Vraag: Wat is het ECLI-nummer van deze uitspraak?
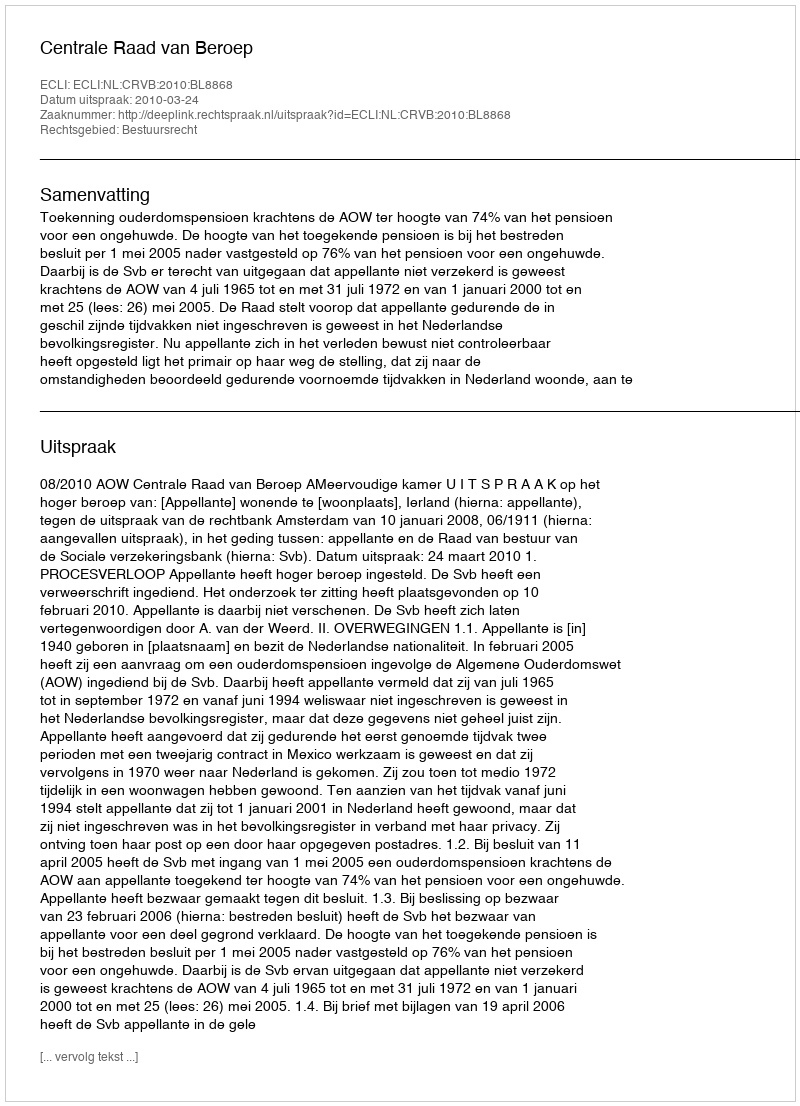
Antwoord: ECLI:NL:CRVB:2010:BL8868